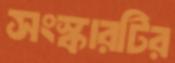
সংস্কারটির